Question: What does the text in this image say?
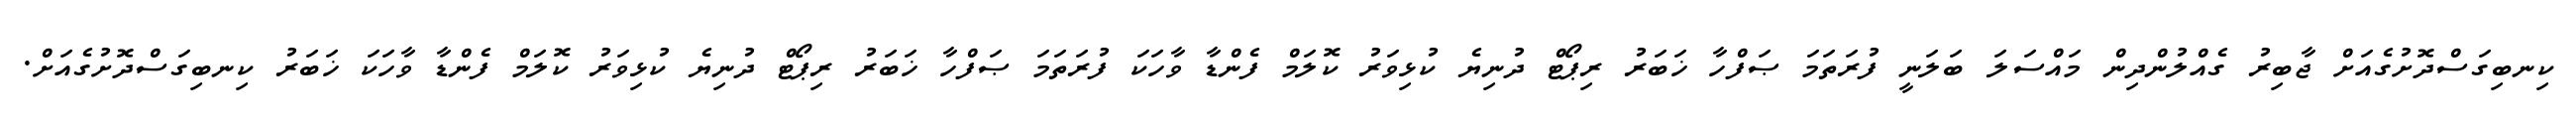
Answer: ކިނބިގަސްދޮށުގެއަށް ޖާބިރު ގެއްލުންދިން މައްސަލަ ބަލަނީ ފުރަތަމަ ޞަފްހާ ޚަބަރު ރިޕޯޓް ދުނިޔެ ކުޅިވަރު ކޮލަމް ފެންޑާ ވާހަކަ ފުރަތަމަ ޞަފްހާ ޚަބަރު ރިޕޯޓް ދުނިޔެ ކުޅިވަރު ކޮލަމް ފެންޑާ ވާހަކަ ޚަބަރު ކިނބިގަސްދޮށުގެއަށް.